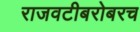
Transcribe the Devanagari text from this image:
राजवटीबरोबरच